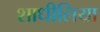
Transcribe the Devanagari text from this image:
शाधीलिया